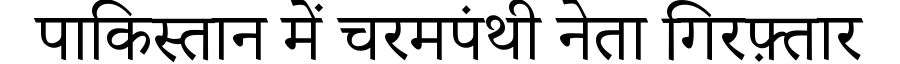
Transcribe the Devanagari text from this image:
पाकिस्तान में चरमपंथी नेता गिरफ़्तार